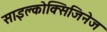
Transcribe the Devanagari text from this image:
साइक्लोक्सिजिनेज